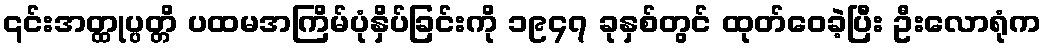
၎င်းအတ္ထုပ္ပတ္တိ ပထမအကြိမ်ပုံနှိပ်ခြင်းကို ၁၉၄၇ ခုနှစ်တွင် ထုတ်ဝေခဲ့ပြီး ဦးလောရုံက